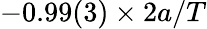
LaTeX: -0.99(3)\times 2a/T